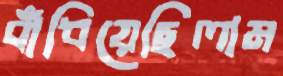
বাঁধিয়েছিলাম